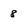
Character: 8